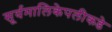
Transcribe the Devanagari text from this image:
सूर्यमालिकेपलीकडे